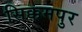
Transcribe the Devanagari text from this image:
सिक्कमपुर